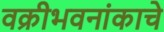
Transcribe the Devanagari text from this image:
वक्रीभवनांकाचे